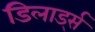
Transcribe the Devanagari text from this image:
डिलार्ड्स